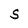
Character: S